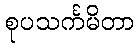
စုပသင်္ကမိတာ